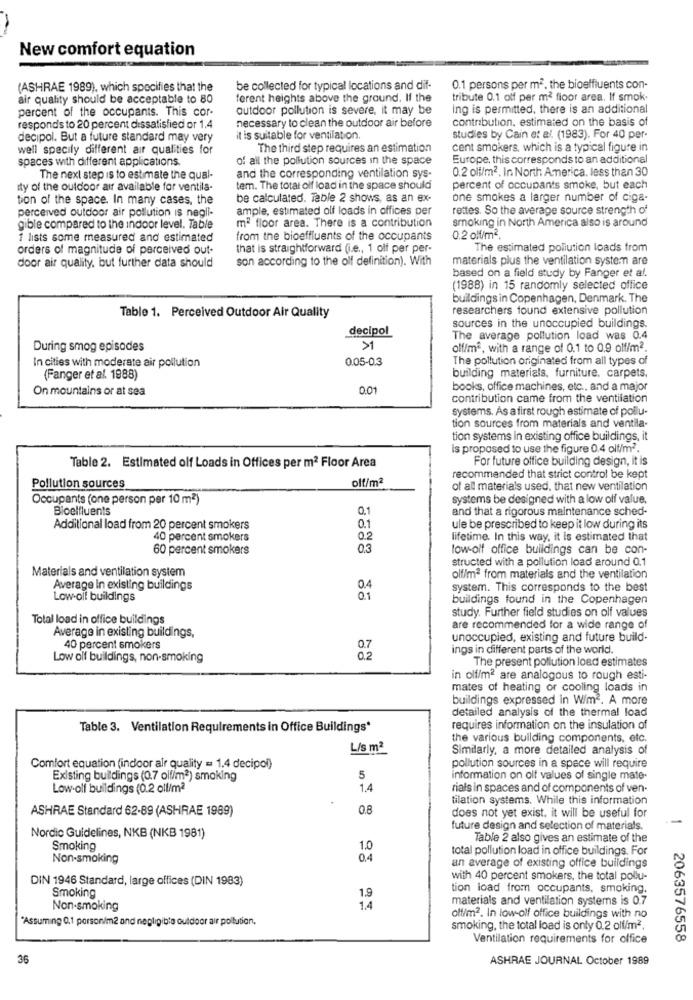
New comfort equation
(ASHRAE 1989), which specifies that the
be collected for typical locations and dif-
0.1 persons per m2. the bioeffluents con-
air quality should be acceptable to 80
ferent heights above the ground. If the
tribute 0.1 off per m2 floor area. If smok-
percent of the occupants. This cor-
outdoor pollution is severe, it may be
ing is permitted, there is an additional
necessary to clean the outdoor air before
contribution, estimated on the basis of
responds to 20 percent dissatisfied or 1.4
decipol. But a future standard may very
it is suitable for ventilation.
studies by Cain et al. (1983). For 40 per-
well specily different air qualities for
The third step requires an estimation
cent smokers, which is a typical figure in
spaces with different applications
of all the pollution sources in the space
Europe. this corresponds to an additional
0.2 oli/m2. In North America, less than 30
The next step is to estimate the qual-
and the corresponding ventilation sys-
ity of the outdoor air available for ventila-
tem. The total off load in the space should
percent of occupants smoke, but each
tion of the space. In many cases, the
be calculated. Table 2 shows, as an ex-
one smokes a larger number of ciga-
perceived outdoor air pollution is negli-
ample, estimated olf loads in offices per
rettes. So the average source strength of
m2 floor area. There is a contribution
smoking in North America also is around
gible compared to the indoor level. Table
1 lists some measured and estimated
from the bioeffluents of the occupants
0.2 olf/m2.
orders of magnitude of perceived out-
that is straightforward (i.e ., 1 olf per per-
The estimated pollution loads from
son according to the olf definition). With
materials plus the ventilation system are
door air quality, but further data should
based on a field study by Fanger et al.
(1988) in 15 randomly selected office
buildings in Copenhagen, Denmark. The
researchers found extensive pollution
Table 1. Perceived Outdoor Air Quality
decipol
sources in the unoccupied buildings.
The average pollution load was 0.4
During smog episodes
>1
olf/m2, with a range of 0.1 to 0.9 olf/m2.
In cities with moderate air pollution
0.05-0.3
The pollution originated from all types of
building materials, furniture, carpets.
(Fanger et al. 1988)
On mountains or at sea
0.01
books, office machines, etc ., and a major
contribution came from the ventilation
systems. As a first rough estimate of pollu-
tion sources from materials and ventila-
tion systems in existing office buildings, it
is proposed to use the figure 0.4 olf/m2.
For future office building design, it is
Table 2. Estimated olf Loads in Offices per m2 Floor Area
olt/m2
recommended that strict control be kept
Pollution sources
of all materials used, that new ventilation
Occupants (one person per 10 m2)
systems be designed with a low olf value.
Bioelfluents
0.1
and that a rigorous maintenance sched-
Additional load from 20 percent smokers
0.1
ule be prescribed to keep it low during its
40 percent smokers
0.2
lifetime. In this way, it is estimated that
60 percent smokers
0.3
low-olf office buildings can be con-
structed with a pollution load around 0.1
Materials and ventilation system
olf/mª from materials and the ventilation
Average in existing buildings
0.4
system. This corresponds to the best
Low olf buildings
01
buildings found in the Copenhagen
study. Further field studies on olf values
Total load in office buildings
Average in existing buildings,
are recommended for a wide range of
unoccupied, existing and future build-
40 percent smokers
0.7
ings in different parts of the world.
Low olf buildings, non-smoking
02
The present pollution load estimates
in olf/m2 are analogous to rough esti-
mates of heating of cooling loads in
buildings expressed in W/m2. A more
detailed analysis of the thermal load
Table 3. Ventilation Requirements in Office Buildings*
requires information on the insulation of
the various building components, etc.
L/s m2
Similarly, a more detailed analysis of
Comfort equation (indoor air quality = 1.4 decipol)
pollution sources in a space will require
Existing buildings (0.7 olf/m2) smoking
5
information on olf values of single mate-
Low-olf buildings (0.2 olf/m2
1.4
rials in spaces and of components of ven-
tilation systems. While this information
ASHRAE Standard 62-89 (ASHRAE 1989)
0.8
does not yet exist. it will be useful for
future design and selection of materials.
Nordic Guidelines, NKB (NKB 1981)
Table 2 also gives an estimate of the
Smoking
1.0
total pollution load in office buildings. For
Non-smoking
0.4
an average of existing office buildings
DIN 1946 Standard, large offices (DIN 1983)
with 40 percent smokers, the total pollu-
1.9
tion load from occupants, smoking.
Smoking
materials and ventilation systems is 0.7
Non-smoking
1.4
"Assuming 0,1 porson/m2 and negligible outdoor air pollution.
olf/m2. In low-olf office buildings with no
smoking, the total load is only 0.2 olf/m2.
Ventilation requirements for office
2063576558
36
ASHRAE JOURNAL October 1989